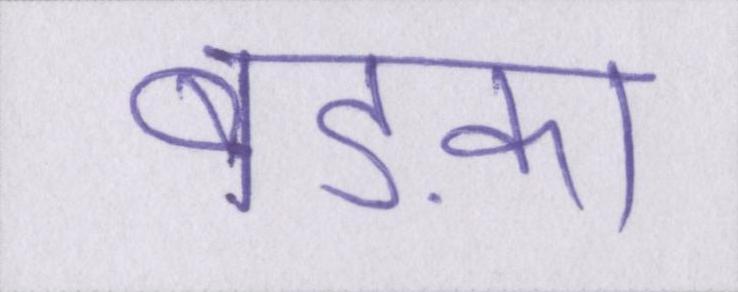
बड़का